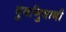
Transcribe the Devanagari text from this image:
पुर्वानुमानी